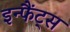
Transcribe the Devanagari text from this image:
इन्फैंट्स